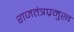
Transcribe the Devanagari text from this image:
राजतंत्रप्रमुख